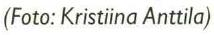
(Foto: Kristiina Anttila)